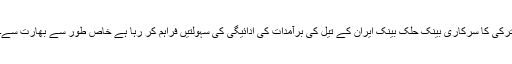
ترکی کا سرکاری بینک حلک بینک ایران کے تیل کی برآمدات کی ادائیگی کی سہولتیں فراہم کر رہا ہے خاص طور سے بھارت سے۔